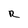
Character: R